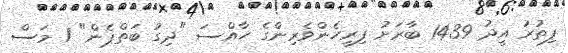
ފިތުރު އީދު 1439 ބާރަށު ފިރިހެންވެރިންގެ ހާއްސަ "ދިގު ބަތްޕެން" 1 މަސް